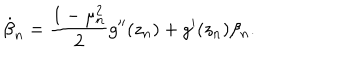
\dot { \beta } _ { n } = \frac { 1 - \mu _ { n } ^ { 2 } } { 2 } g ^ { \prime \prime } ( z _ { n } ) + g ^ { \prime } ( z _ { n } ) \beta _ { n } .